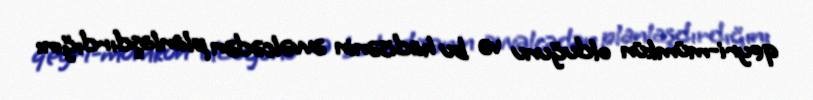
qeyri-mümkün olduğunu və bu hadisənin əvvəlcədən planlaşdırdığını